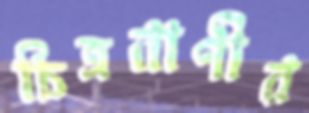
চিত্রবাণীর